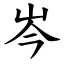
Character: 岑